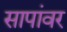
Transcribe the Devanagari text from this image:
सापांवर